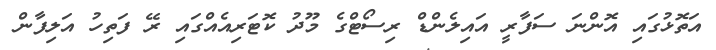
އަތޮޅުގައި އޮންނަ ސަފާރީ އައިލެންޑް ރިސޯޓްގެ މޫދު ކޮޓަރިއެއްގައި ރޭ ފަތިހު އަލިފާން